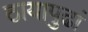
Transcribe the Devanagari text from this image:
ठायापुढां